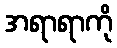
အရာရာကို